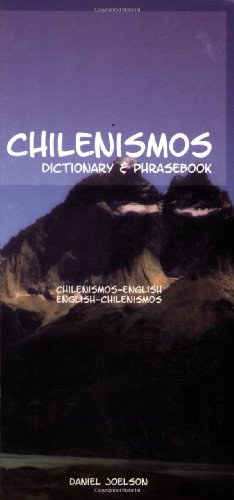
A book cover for Chilenismos: A Dictionary and Phrasebook for Chilean Spanish / Chilenismos-English / English-Chilenismos (Hippocrene Dictionary & Phrasebooks) (Spanish Edition); Daniel Joelson; Travel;